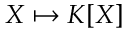
X \mapsto K [ X ]